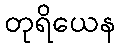
တုရိယေန